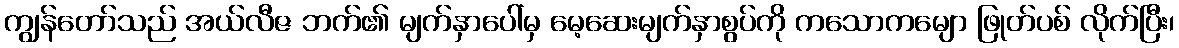
ကျွန်တော်သည် အယ်လီဇ ဘက်၏ မျက်နှာပေါ်မှ မေ့ဆေးမျက်နှာစွပ်ကို ကသောကမျော ဖြုတ်ပစ် လိုက်ပြီး၊